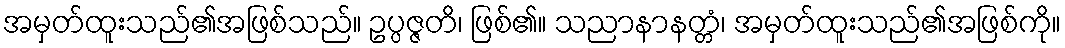
အမှတ်ထူးသည်၏အဖြစ်သည်။ ဥပ္ပဇ္ဇတိ၊ ဖြစ်၏။ သညာနာနတ္တံ၊ အမှတ်ထူးသည်၏အဖြစ်ကို။